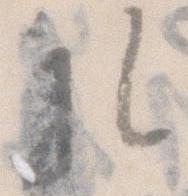
孔